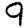
Digit: 9